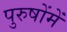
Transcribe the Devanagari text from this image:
पुरुषोंमें